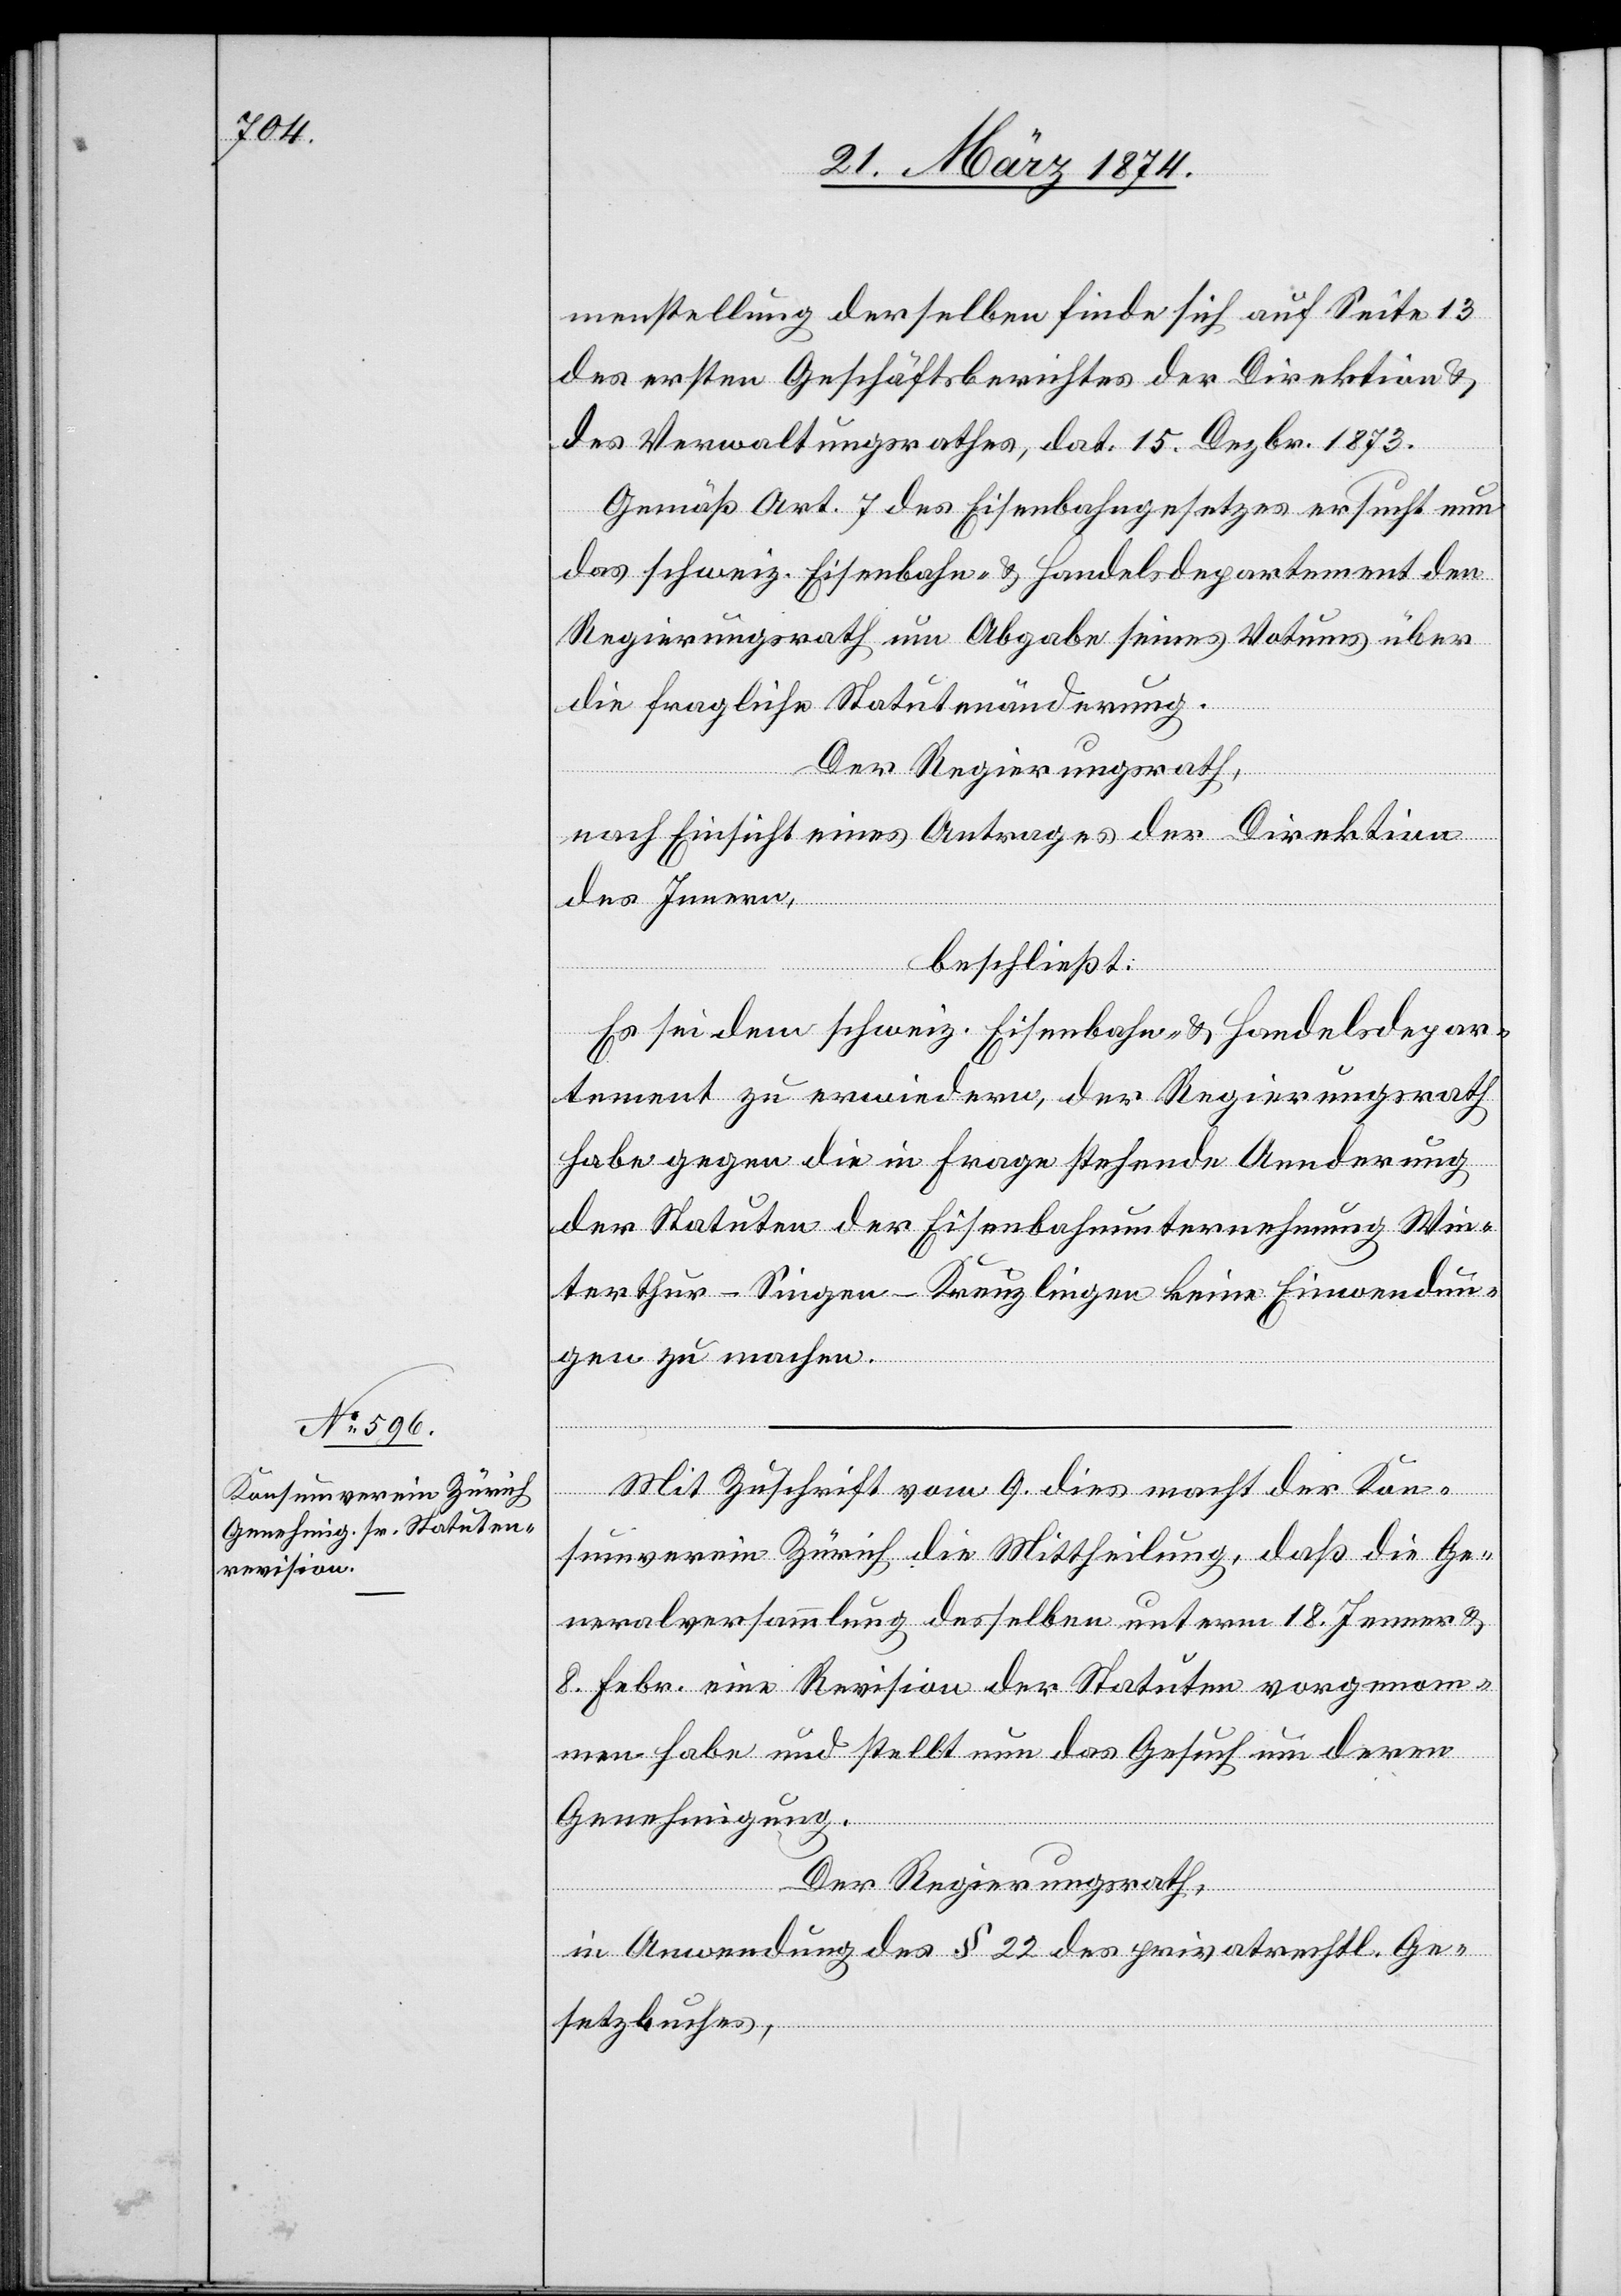
menstellung derselben finde sich auf Seite 13
des ersten Geschäftsberichtes der Direktion u.
des Verwaltungsrathes, dat. 15. Dezbr. 1873.
Gemäß Art. 7 des Eisenbahngesetzes ersucht nun
das schweiz. Eisenbahn- u. Handelsdepartement den
Regierungsrath um Abgabe seines Votums über
die fragliche Statutenänderung.
Der Regierungsrath,
nach Einsicht eines Antrages der Direktion
des Innern,
beschließt:
Es sei dem schweiz. Eisenbahn- u. Handelsdepar¬
tement zu erwiedern, der Regierungsrath
habe gegen die in Frage stehende Aenderung
der Statuten der Eisenbahnunternehmung Win¬
terthur-Singen-Kreuzlingen keine Einwendun¬
gen zu machen.
Mit Zuschrift vom 9. dies macht der Kon¬
sumverein Zürich die Mittheilung, daß die Ge¬
neralversammlung desselben unterm 18. Jenner u.
8. Febr. eine Revision der Statuten vorgenom¬
men habe und stellt nun das Gesuch um deren
Genehmigung.
Der Regierungsrath,
in Anwendung des § 22 des privatrechtl. Ge¬
setzbuches,